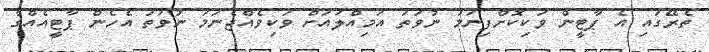
ތެރޭގައި އެ ޕާޓީން ވަކިކޮށްފިނަމަ ނުވަތަ އަމިއްލައަށް ވަކިވެއްޖެނަމަ ނުވަތަ އެހެން ޕާޓީއެއްގެ